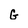
Character: G